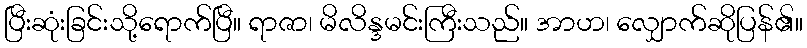
ပြီးဆုံးခြင်းသို့ရောက်ပြီ။ ရာဇာ၊ မိလိန္ဒမင်းကြီးသည်။ အာဟ၊ လျှောက်ဆိုပြန်၏။